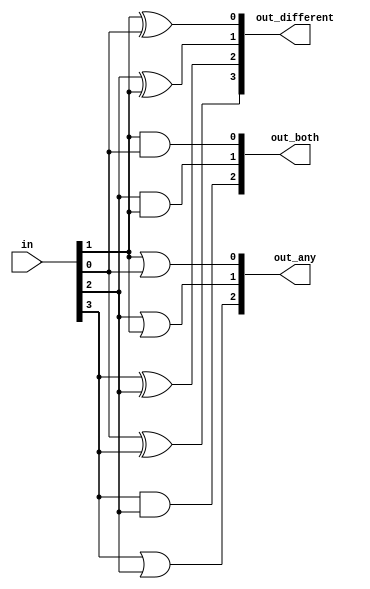
module top_module(
    input [3:0]in,
    output [2:0] out_both,
    output [3:1] out_any,
    output [3:0] out_different   
);
// 0000
// 3210
assign out_both={(in[3]&in[2]),(in[2]&in[1]),(in[1]&in[0])};
assign out_any={(in[3]|in[2]),(in[2]|in[1]),(in[1]|in[0])};
assign out_different={(in[0]^in[3]),(in[3]^in[2]),(in[2]^in[1]),(in[1]^in[0])};


endmodule

module gatesv (
    input   [3 : 0] in,
    output  [2 : 0] out_both,
    output  [3 : 1] out_any,
    output  [3 : 0] out_different
);

    assign out_both      = in[2 : 0] & in[3 : 1];
    assign out_any       = in[2 : 0] | in[3 : 1];
    assign out_different = in ^ { in[0], in[3 : 1] };

endmodule